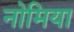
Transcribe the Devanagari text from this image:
नोमिया